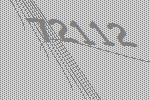
72112